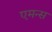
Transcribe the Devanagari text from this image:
एमन्स